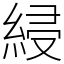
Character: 綅